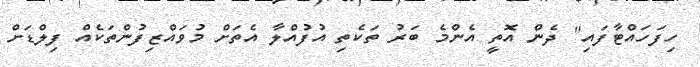
ހިފަހައްޓާފައި" ދެން އޮތީ އެންމެ ބަރު ތަކެތި އުފުއްލާ އެތަށް މުވައްޒިފުންތަކެއް ފިލްޑަށް